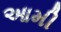
આમી